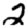
Digit: 2